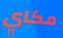
مكاي